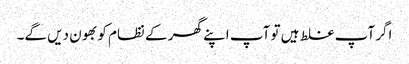
اگر آپ غلط ہیں تو آپ اپنے گھر کے نظام کو بھون دیں گے۔